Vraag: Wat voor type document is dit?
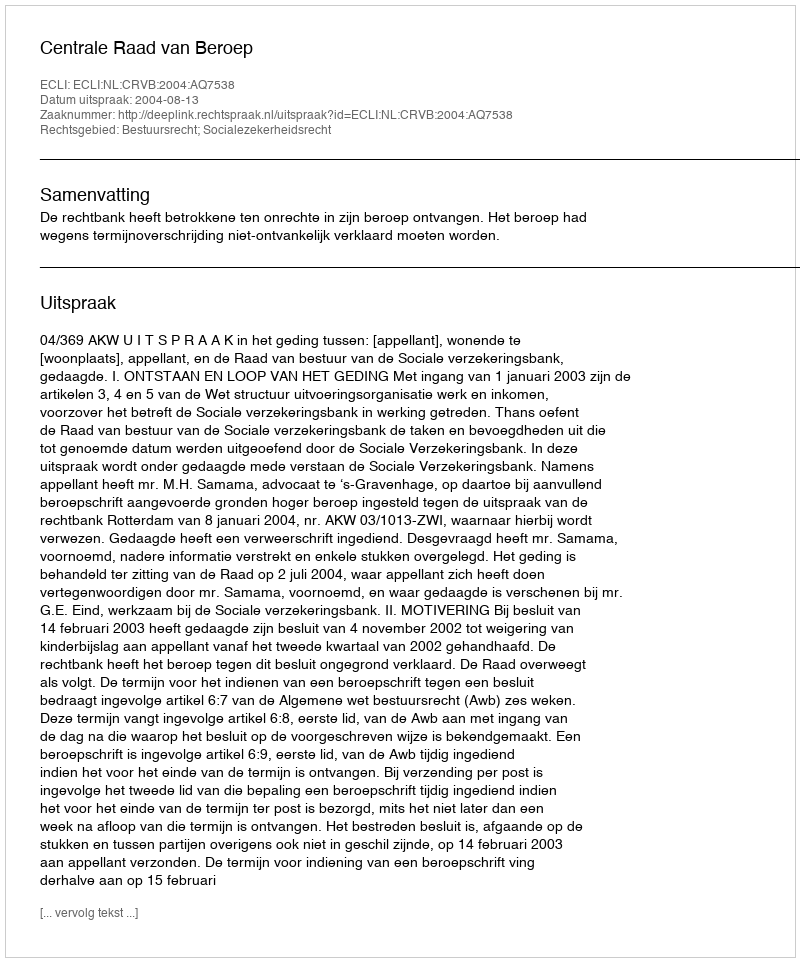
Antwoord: Uitspraak